Subject: physics
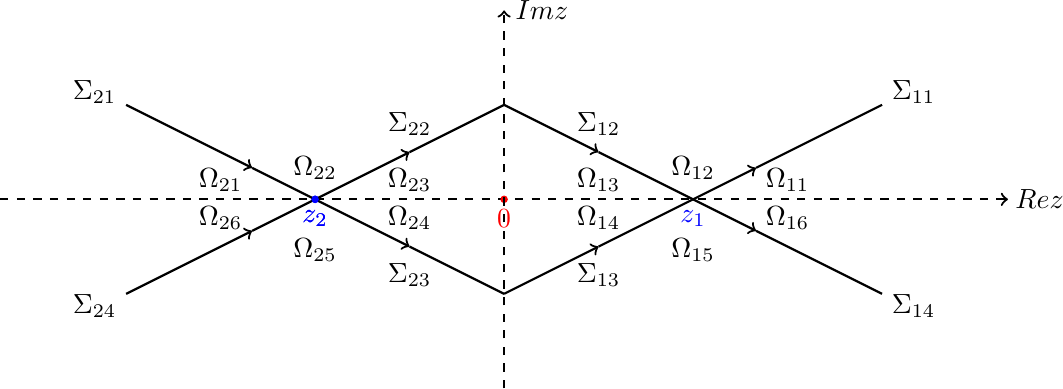
LaTeX code:
\centerline{\begin{tikzpicture}[scale=0.8]
\draw[->][dashed][thick](-8,0)--(8,0);
\draw[fill] (8.5,0) node{$Rez$};
\draw[fill] [blue](-3,0) circle [radius=0.05];
\draw[fill][blue] (-3,-0.3) node{$z_{2}$};
\draw[->][thick](-6,1.5)--(-4,0.5);
\draw[-][thick](-4,0.5)--(-3,0);
\draw[fill] (-4.5,0.3) node{$\Omega_{21}$};
\draw[fill] (-3,0.5) node{$\Omega_{22}$};
\draw[fill] (-1.5,0.3) node{$\Omega_{23}$};
\draw[fill] (-1.5,-0.3) node{$\Omega_{24}$};
\draw[fill] (-3,-0.8) node{$\Omega_{25}$};
\draw[fill] (-4.5,-0.3) node{$\Omega_{26}$};
\draw[fill] (-6.5,1.7) node{$\Sigma_{21}$};
\draw[fill] (-6.5,-1.7) node{$\Sigma_{24}$};
\draw[fill] (-1.5,1.2) node{$\Sigma_{22}$};
\draw[fill] (-1.5,-1.2) node{$\Sigma_{23}$};
\draw[->][thick](-6,-1.5)--(-4,-0.5);
\draw[-][thick](-4,-0.5)--(-3,0);
\draw[->][thick](-3,0)--(-1.5,0.75);
\draw[-][thick](-1.5,0.75)--(-0,1.5);
\draw[->][thick](-3,0)--(-1.5,-0.75);
\draw[-][thick](-1.5,-0.75)--(0,-1.5);
\draw[fill][red] (0,0) circle [radius=0.05];
\draw[fill][red] (0,-0.3) node{$0$};
\draw[->][dashed][thick](0,-3)--(0,3);
\draw[fill] (0.6,3) node{$Imz$};
\draw[fill] [blue](-3,0) circle [radius=0.05];
\draw[fill][blue] (-3,-0.3) node{$z_{2}$};
\draw[-][thick](6,1.5)--(4,0.5);
\draw[<-][thick](4,0.5)--(3,0);
\draw[fill] (4.5,0.3) node{$\Omega_{11}$};
\draw[fill] (3,0.5) node{$\Omega_{12}$};
\draw[fill] (1.5,0.3) node{$\Omega_{13}$};
\draw[fill] (1.5,-0.3) node{$\Omega_{14}$};
\draw[fill] (3,-0.8) node{$\Omega_{15}$};
\draw[fill] (4.5,-0.3) node{$\Omega_{16}$};
\draw[fill] (6.5,1.7) node{$\Sigma_{11}$};
\draw[fill] (6.5,-1.7) node{$\Sigma_{14}$};
\draw[fill] (1.5,1.2) node{$\Sigma_{12}$};
\draw[fill] (1.5,-1.2) node{$\Sigma_{13}$};
\draw[-][thick](6,-1.5)--(4,-0.5);
\draw[<-][thick](4,-0.5)--(3,0);
\draw[-][thick](3,0)--(1.5,0.75);
\draw[<-][thick](1.5,0.75)--(0,1.5);
\draw[-][thick](3,0)--(1.5,-0.75);
\draw[<-][thick](1.5,-0.75)--(0,-1.5);
\draw[fill][blue] (3,-0.3) node{$z_{1}$};
\end{tikzpicture}}